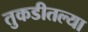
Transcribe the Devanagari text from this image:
तुकडीतल्या